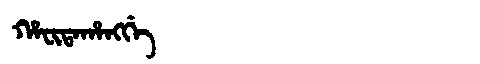
Manchu: ᡥᠠᠸᡳᡨᠠᡥᠠᠩᡤᡝ
Romanization: HAFITAHANGGE